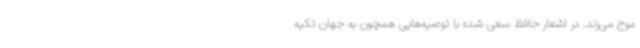
موج می‌زند. در اشعار حافظ سعی شده با توصیه‌هایی همچون به جهان تکیه